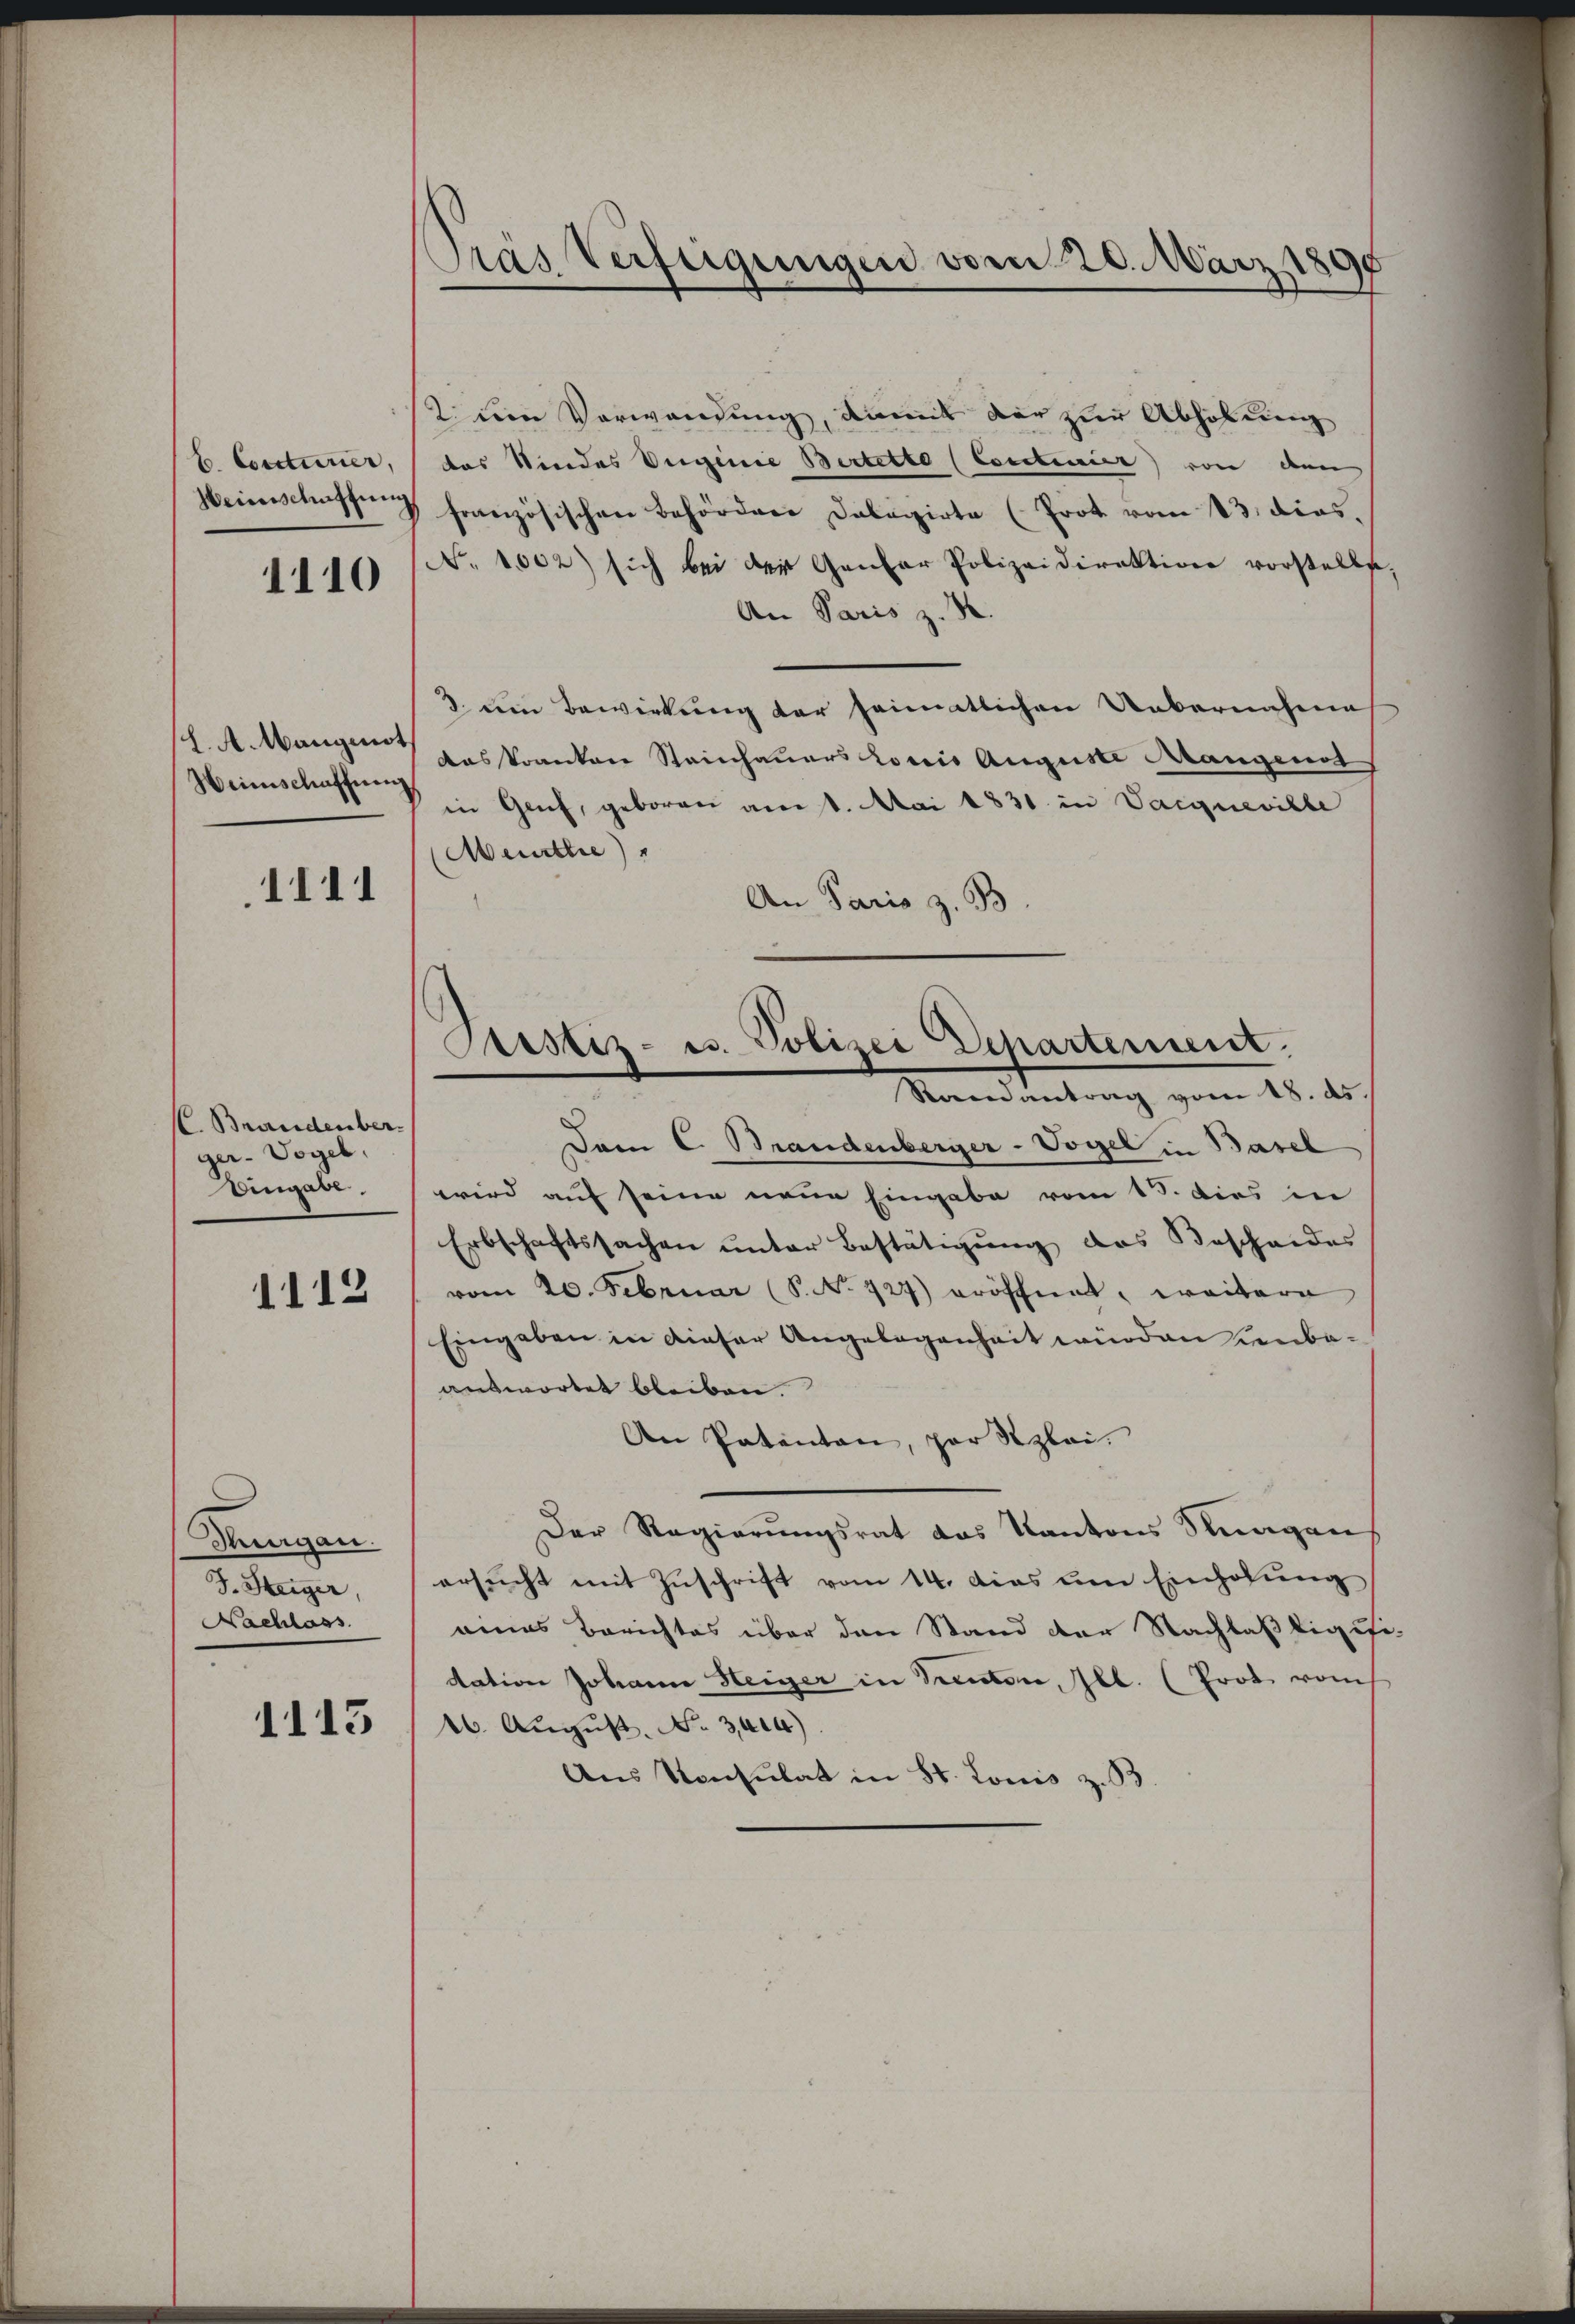
b. Coacturier,
Weinschaftung

1110

J. A. Wangest
Heimschaffnen

1111

C. Brandenber
ger- Vogel,
Eingabe.

1112

Rungan
J. Steiger,
Nachlass

1115

Pras Verfügungen vom 20. März 1890

2 um Vorwandung, damit der zur Abholung
das Kindes Ungenie Bertette (Contiier) von den
französischen Behördere Delegirte (Prot vom 13. dies.
N. 1002) sich bei der Gener Polizeidirektion vorstelle
An Paris z. B.
3. Dein Bewirkung der heimatlichen Uebernahme
Aaskranken Steinhauers Loris Auguste Mangenot
in Genf, geboren am 1. Mai 1831 in Vargneville
Muurthe
An Paris z. B
Dem C. Brandenberger-Vogel in Basel
wird auf seine neue Eingabe vom 15. dies in
Erbschaftssachen unter Bestätigung des Bescheides
vom 20. Februar (S. Nr. 727) eröffnet, weitere
Eingaben in dieser Angelegenheit würden Leubaanswortet bleiben.
An Patenten, par Szlei.
Der Regierungsrat das Kantons Stungen,
ersŭcht mit Zŭschrift vom 14. das ŭm Einholŭng
eines Berichtes über den Stand der Nachlaßligu
dation Johann Steiger in Teuton, Ill. (Prot. rauch
26. August. No 3014)
Aus Konsulat in St. Lonis z. B.

Custiz- u. Polizei Departement.
Randantrag vom 18. ds.